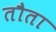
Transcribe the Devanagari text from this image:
तौता